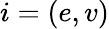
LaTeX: i=(e,v)